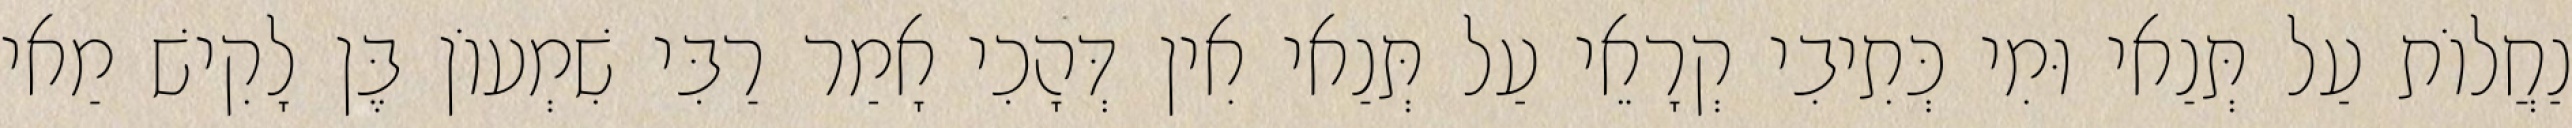
נַחֲלוֹת עַל תְּנַאי וּמִי כְּתִיבִי קְרָאֵי עַל תְּנַאי אִין דְּהָכִי אָמַר רַבִּי שִׁמְעוֹן בֶּן לָקִישׁ מַאי